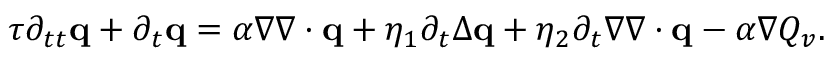
\begin{array} { r } { \tau \partial _ { t t } \mathbf q + \partial _ { t } \mathbf q = \alpha \nabla \nabla \cdot \mathbf q + \eta _ { 1 } \partial _ { t } \Delta \mathbf q + \eta _ { 2 } \partial _ { t } \nabla \nabla \cdot \mathbf q - \alpha \nabla Q _ { v } . } \end{array}